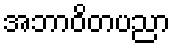
အဘာဝိတပညာ